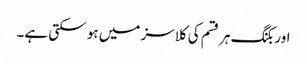
اور بکنگ ہر قسم کی کلاسز میں ہو سکتی ہے۔